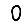
Digit: 0